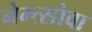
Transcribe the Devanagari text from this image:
नेम्त्सोवा